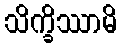
သိက္ခိဿာမိ